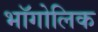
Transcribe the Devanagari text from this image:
भॉगोलिक